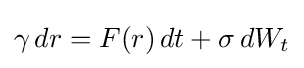
\gamma \,dr=F(r)\,dt+\sigma \,dW_{t}